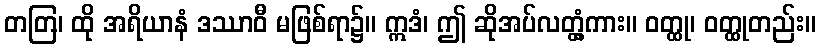
တတြ၊ ထို အရိယာနံ ဒဿာဝီ မဖြစ်ရာ၌။ ဣဒံ၊ ဤ ဆိုအပ်လတ္တံ့ကား။ ဝတ္ထု၊ ဝတ္ထုတည်း။